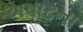
અષાઢના